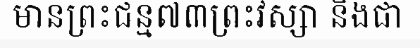
មានព្រះជន្ម៧៣ព្រះវស្សា និងជា